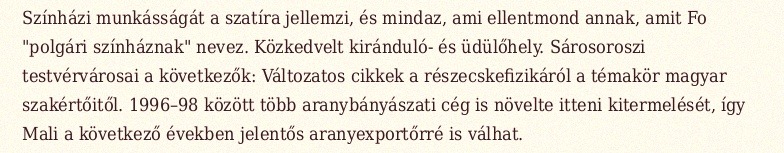
Színházi munkásságát a szatíra jellemzi, és mindaz, ami ellentmond annak, amit Fo "polgári színháznak" nevez. Közkedvelt kiránduló- és üdülőhely. Sárosoroszi testvérvárosai a következők: Változatos cikkek a részecskefizikáról a témakör magyar szakértőitől. 1996–98 között több aranybányászati cég is növelte itteni kitermelését, így Mali a következő években jelentős aranyexportőrré is válhat.